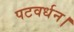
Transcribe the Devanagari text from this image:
पटवर्धन।